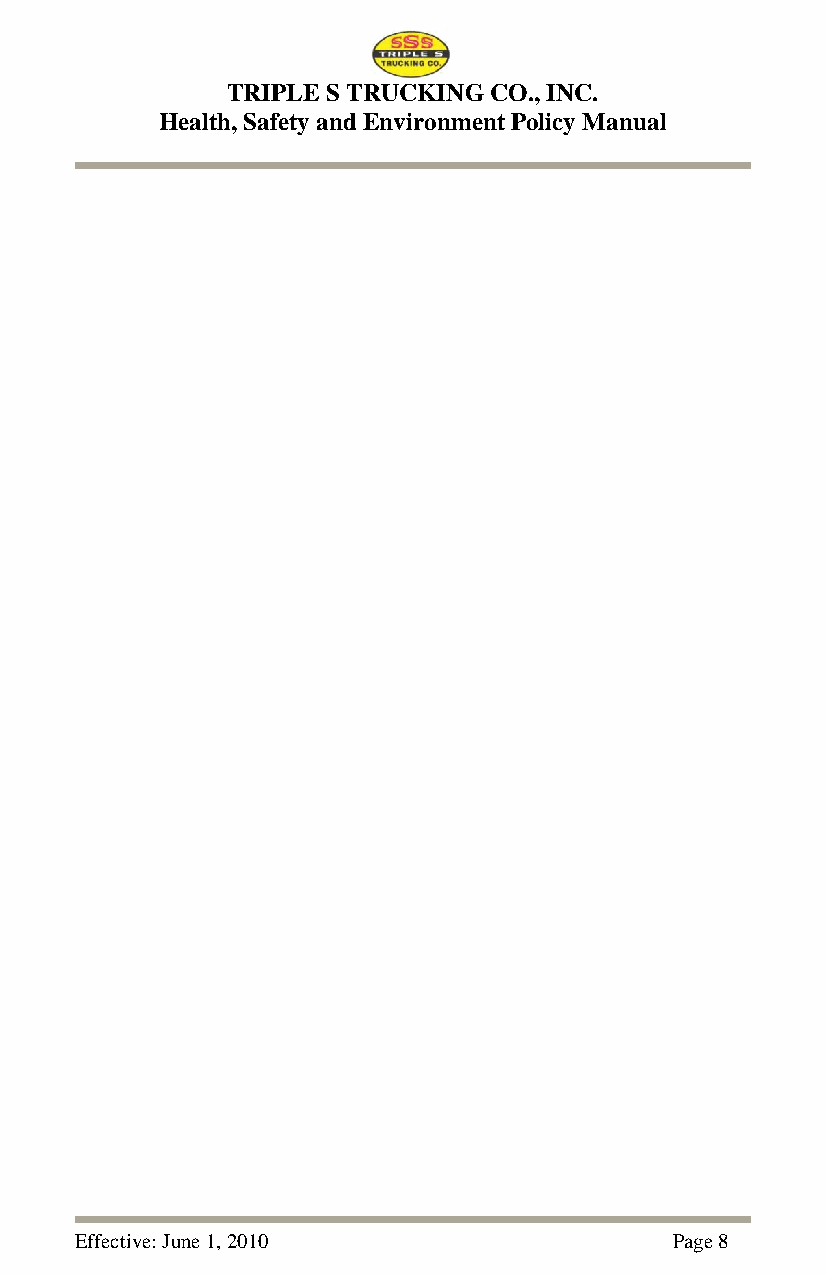
TRIPLE S TRUCKING CO., INC.
 Health, Safety and Environment Policy Manual
 Effective: June 1, 2010                Page 8